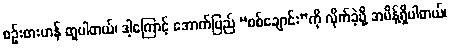
စဉ်းစားဟန် တူပါတယ်၊ ဒါ့ကြောင့် အောက်ပြည် “စစ်ချောင်း”ကို လိုက်ခဲ့ဖို့ အမိန့်ရှိပါတယ်၊